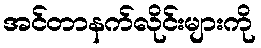
အင်တာနက်လိုင်းများကို